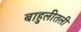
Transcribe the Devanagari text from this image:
बाहुलीतली